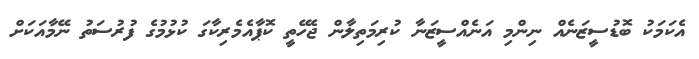
އެކަމަކު ބޮޑުސީޒަނެއް ނިންމި އަނެއްސީޒަނާ ކުރިމަތިލާން ޖެހޭތީ ކޮޕާއެމެރިކާގަ ކުޅުމުގެ ފުރުސަތު ނޭމާއަކަށް